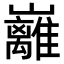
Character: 𡿎